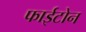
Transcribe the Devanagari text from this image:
फाईटोन